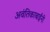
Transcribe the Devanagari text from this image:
अवंतिकाबाईंनी